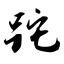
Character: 跎